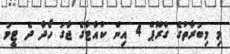
މި މިބުރާތުގެ ގްރޫޕް 4 އިން ކުއާޓާގެ ޖާގަ ހޯދާ ދެ ޓީމު